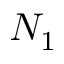
N _ { 1 }